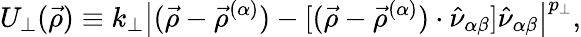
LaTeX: U_{\perp}(\vec{\rho})\equiv k_{\perp}\big|(\vec{\rho}-\vec{\rho}^{(\alpha)})-[(\vec{\rho}-\vec{\rho}^{(\alpha)})\cdot\hat{\nu}_{\alpha\beta}]\hat{\nu}_{\alpha\beta}\big|^{p_{\perp}},